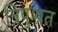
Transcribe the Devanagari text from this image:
त्रिपुश्रत